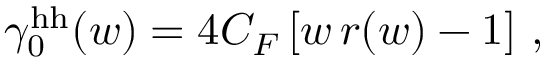
\gamma _ { 0 } ^ { \mathrm { h h } } ( w ) = 4 C _ { F } \left[ w \, r ( w ) - 1 \right] \, ,